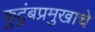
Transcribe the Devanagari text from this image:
कुटुंबप्रमुखाचे